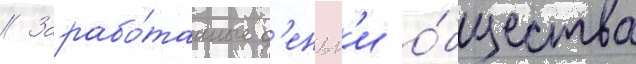
// Зарабо́танные д'еньг'и о́бщества